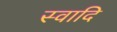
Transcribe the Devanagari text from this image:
स्वादि